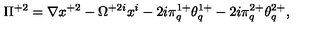
\Pi ^ { + 2 } = \nabla x ^ { + 2 } - \Omega ^ { + 2 i } x ^ { i } - 2 i \pi _ { q } ^ { 1 + } \theta _ { q } ^ { 1 + } - 2 i \pi _ { q } ^ { 2 + } \theta _ { q } ^ { 2 + } ,